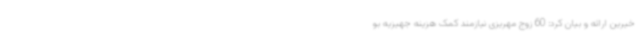
خیرین ارائه و بیان کرد: 60 زوج مهریزی نیازمند کمک هزینه جهیزیه بو